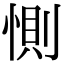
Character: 惻